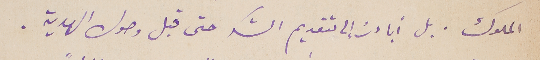
الملوك. بل أبادرُ إلى تقديم الشكر حتى قبل وصول الهدية.